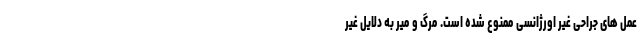
عمل های جراحی غیر اورژانسی ممنوع شده است. مرگ و میر به دلایل غیر